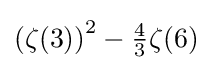
\left(\zeta (3)\right)^{2}-{\tfrac {4}{3}}\zeta (6)